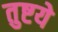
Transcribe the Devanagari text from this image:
तुष्टये